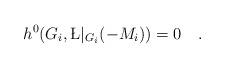
LaTeX: \begin{align*}h^0(G_i,\L|_{G_i}(-M_i))=0\quad.\end{align*}